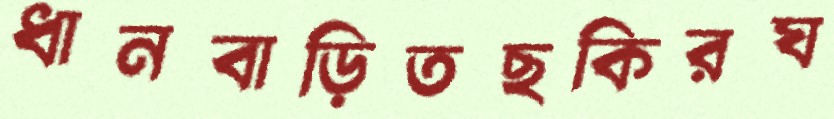
ধানবাড়িতছকিরঘ